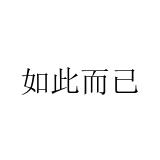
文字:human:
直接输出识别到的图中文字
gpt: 如此而已